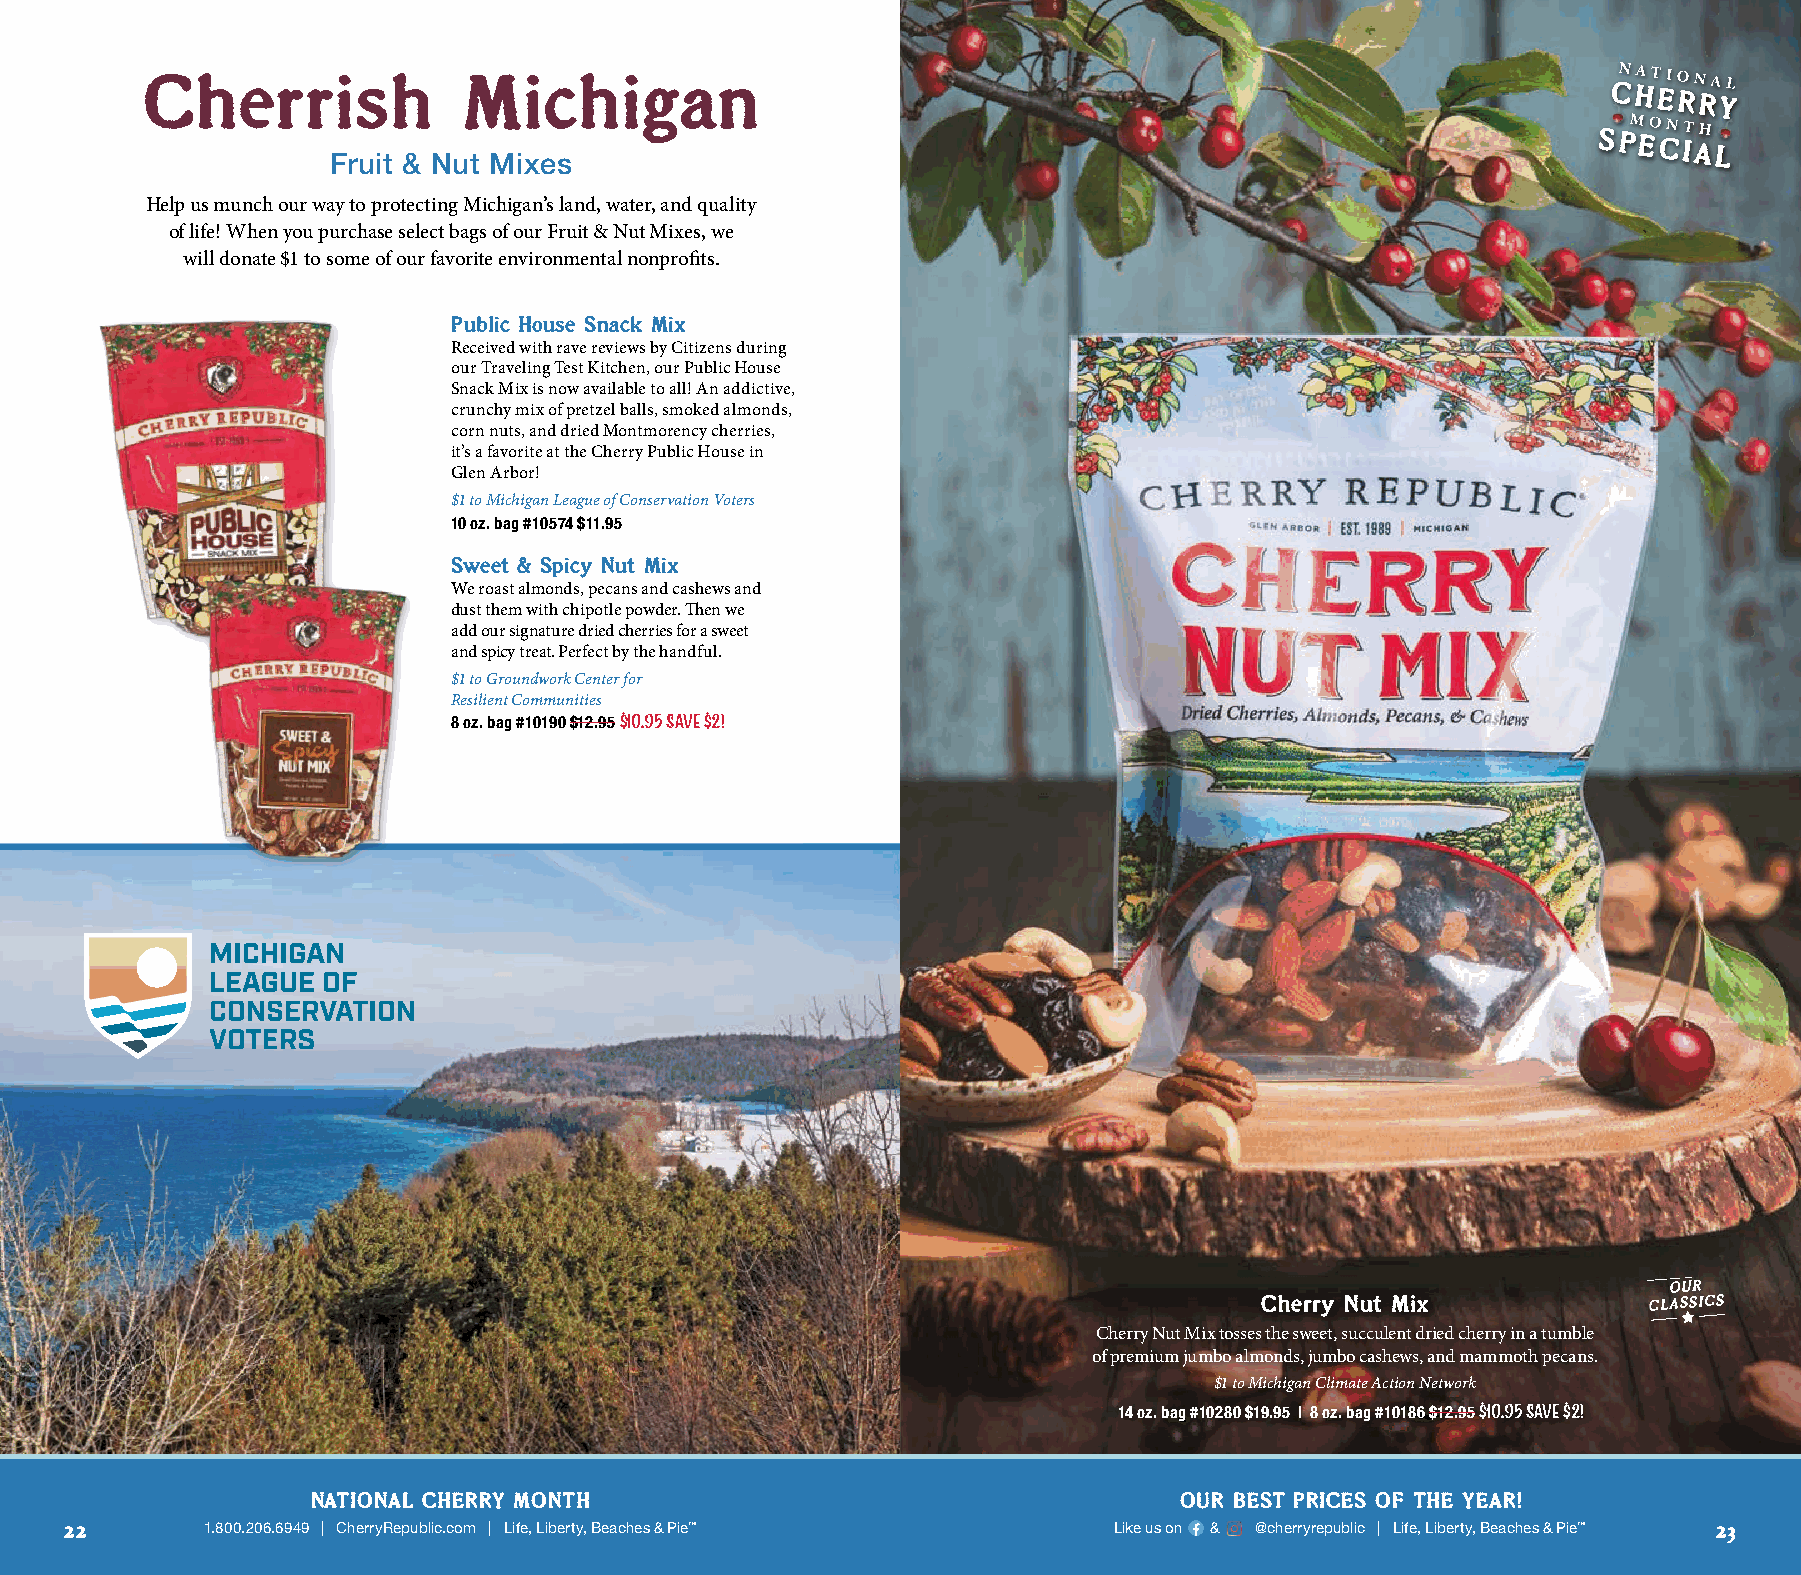
Cherrish             Michigan
 SPECIAL
 Fruit & Nut Mixes
 Help us munch our way to protecting Michigan’s land, water, and quality
 of life! When you purchase select bags of our Fruit & Nut Mixes, we
 will donate $1 to some of our favorite environmental nonprofits.
 Public House Snack Mix
 Received with rave reviews by Citizens during
 our Traveling Test Kitchen, our Public House
 Snack Mix is now available to all! An addictive,
 crunchy mix of pretzel balls, smoked almonds,
 corn nuts, and dried Montmorency cherries,
 it’s a favorite at the Cherry Public House in
 Glen Arbor!
 $1 to Michigan League of Conservation Voters
 10 oz. bag #10574 $11.95
 Sweet & Spicy Nut Mix
 We roast almonds, pecans and cashews and
 dust them with chipotle powder. Then we
 add our signature dried cherries for a sweet
 and spicy treat. Perfect by the handful.
 $1 to Groundwork Center for
 Resilient Communities
 8 oz. bag #10190 $12.95 $10.95 Save $2!
 OUR
 Cherry Nut Mix            CLASSICS
 Cherry Nut Mix tosses the sweet, succulent dried cherry in a tumble
 of premium jumbo almonds, jumbo cashews, and mammoth pecans.
 $1 to Michigan Climate Action Network
 14 oz. bag #10280 $19.95 | 8 oz. bag #10186 $12.95 $10.95 Save $2!
 NATIONAL CHERRY MONTH                                    OUR BEST PRICES OF THE YEAR!
 22        1.800.206.6949 | CherryRepublic.com | Life, Liberty, Beaches & Pie™ Like us on & @cherryrepublic | Life, Liberty, Beaches & Pie™ 23